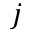
j